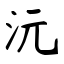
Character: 沅